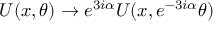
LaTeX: U ( x , \theta ) \rightarrow e ^ { 3 i \alpha } U ( x , e ^ { - 3 i \alpha } \theta )